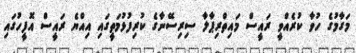
މަގާމުގެ ހުވާ ކުރެއްވީ ރައީސް މައިތްރިޕާލާ ސިރިސޭނާގެ ކުރިފުޅުމަތީގައި އިއްޔެ ރައީސް އޮފީހުގައި